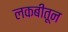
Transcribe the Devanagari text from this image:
लकबीतून